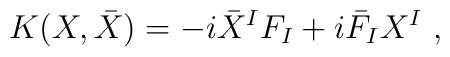
K(X,\bar X)=-i{\bar X}^IF_I + i{\bar F}_I X^I\ ,